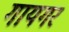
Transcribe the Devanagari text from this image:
गायगर